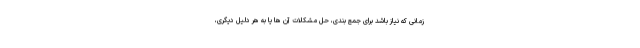
زمانی که نیاز باشد برای جمع بندی، حل مشکلات آن ها یا به هر دلیل دیگری،